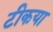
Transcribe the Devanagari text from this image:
टीकया